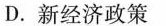
D.新经济政策